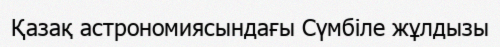
Қазақ астрономиясындағы Сүмбіле жұлдызы